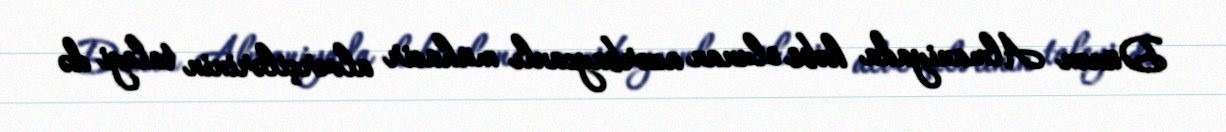
Dünən Almaniyada həbs olunan azərbaycanlı mühacir alverçilərinin taleyi də